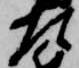
左